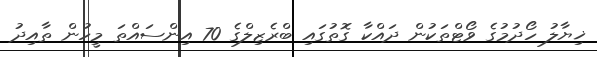
ޚިޔާލު ހޯދުމުގެ ވޯޓްތަކުން ދައްކާ ގޮތުގައި ބްރެޒިލްގެ 70 އިންސައްތަ މީހުން ތާއިދު